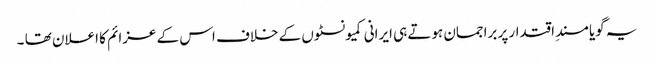
یہ گویا مسندِ اقتدار پر براجمان ہوتے ہی ایرانی کمیونسٹوں کے خلاف اس کے عزائم کا اعلان تھا ۔